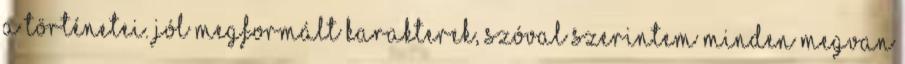
a történetei. Jól megformált karakterek, szóval szerintem minden megvan